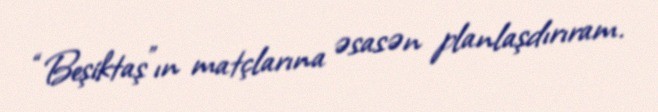
“Beşiktaş”ın matçlarına əsasən planlaşdırıram.